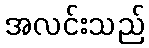
အလင်းသည်